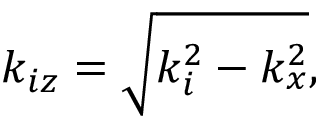
k _ { i z } = \sqrt { k _ { i } ^ { 2 } - k _ { x } ^ { 2 } } ,